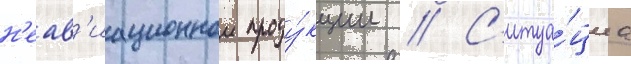
н'еав'иационнои проду́кции // С'итуа́циа